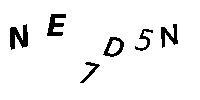
NE7D5N